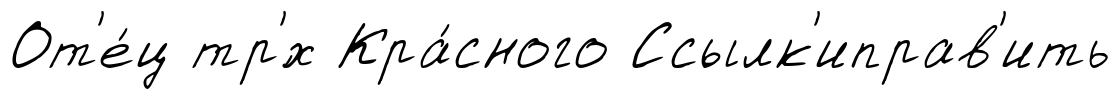
От'е́ц тр'́х Кра́сного Ссылк'иправ'ить